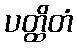
ပတ္ထိတံ